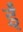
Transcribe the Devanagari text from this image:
ईँ